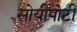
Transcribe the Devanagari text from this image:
सोयीपोटी